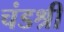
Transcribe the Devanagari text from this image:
चंडश्री